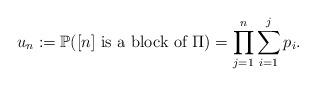
LaTeX: \begin{align*}u_{n} := \mathbb{P}( [n] \mbox{ is a block of } \Pi ) = \prod_{j = 1}^n \sum_{i=1}^j p_i .\end{align*}